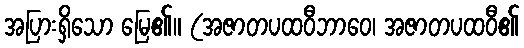
အပြားရှိသော မြေ၏။ (အဇာတပထဝီဘာဝေ၊ အဇာတပထဝီ၏